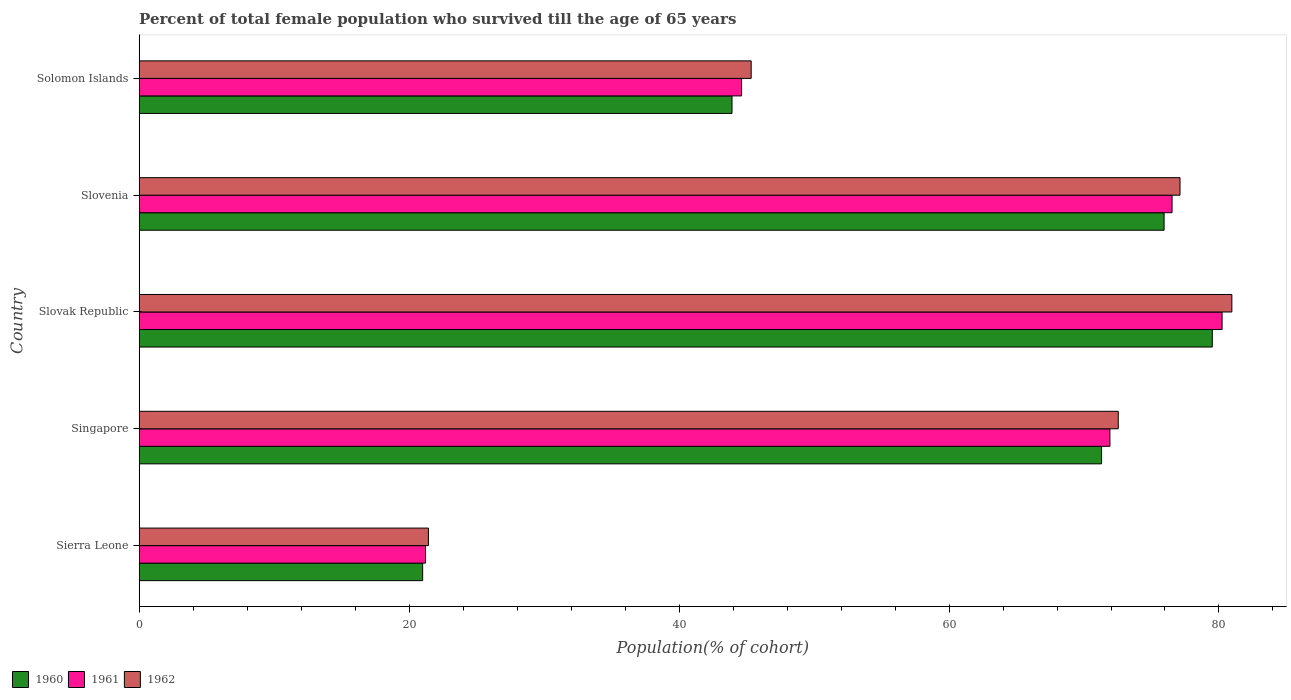
| Country | 1960 | 1961 | 1962 |
 | --- | --- | --- | --- |
 | Sierra Leone | 21 | 21.2 | 21.4 |
 | Singapore | 71.3 | 71.9 | 72.5 |
 | Slovak Republic | 79.5 | 80.2 | 81 |
 | Slovenia | 75.9 | 76.5 | 77.1 |
 | Solomon Islands | 43.9 | 44.6 | 45.3 |